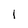
Character: 1